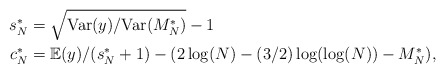
\begin{align*}s_{N}^{*} &= \sqrt{\mathrm{Var}(y)/\mathrm{Var}(M_{N}^{*})}-1\\c_{N}^{*} &= \mathbb{E}(y)/(s^{*}_{N}+1)-(2\log(N)-(3/2)\log(\log(N))-M_{N}^{*}) ,\end{align*}